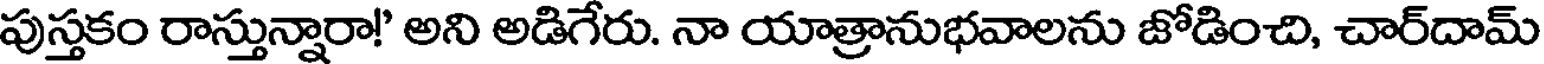
పుస్తకం రాస్తున్నారా!' అని అడిగేరు. నా యాత్రానుభవాలను జోడించి, చార్దామ్